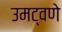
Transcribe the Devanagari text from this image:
उमट्वणे